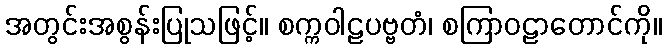
အတွင်းအစွန်းပြုသဖြင့်။ စက္ကဝါဠပဗ္ဗတံ၊ စကြာဝဠာတောင်ကို။